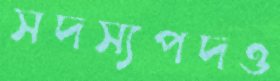
সদস্যপদও